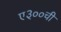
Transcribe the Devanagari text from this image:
ए३००ची